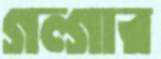
গল্গার